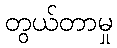
တွယ်တာမှု